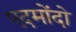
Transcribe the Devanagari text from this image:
एदमोंदो